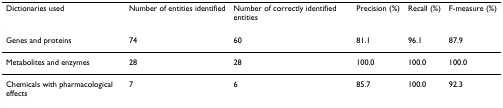
| Dictionaries used | Number of entities identified | Number of correctly identified entities | Precision (%) | Recall (%) | F-measure (%) |
 | --- | --- | --- | --- | --- | --- |
 | Genes and proteins | 74 | 60 | 81.1 | 96.1 | 87.9 |
 | Metabolites and enzymes | 28 | 28 | 100.0 | 100.0 | 100.0 |
 | Chemicals with pharmacological effects | 7 | 6 | 85.7 | 100.0 | 92.3 |